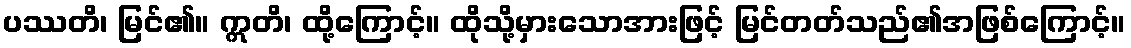
ပဿတိ၊ မြင်၏။ ဣတိ၊ ထို့ကြောင့်။ ထိုသို့မှားသောအားဖြင့် မြင်တတ်သည်၏အဖြစ်ကြောင့်။